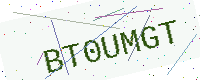
Text: BT0UMGT